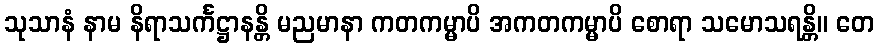
သုသာနံ နာမ နိရာသင်္ကဋ္ဌာနန္တိ မညမာနာ ကတကမ္မာပိ အကတကမ္မာပိ စောရာ သမောသရန္တိ။ တေ